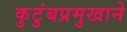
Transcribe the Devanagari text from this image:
कुटुंबप्रमुखाने